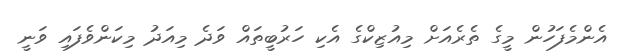
އެންމެފަހުން މީގެ ތެރެއަށް މިއުޒިކްގެ އެކި ހަރުބީތައް ވަދެ މިއަދު މިކަންވެފައި ވަނީ